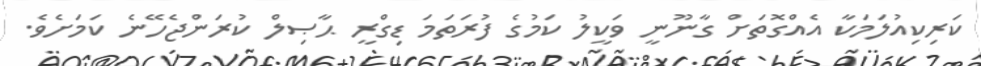
ކަރިކިއުލަމަކާ އެއްގޮތަށް ގާނޫނީ ވަކީލު ކަމުގެ ފުރަތަމަ ޑިގްރީ ޙާޞިލް ކުރަންޖެހޭނެ ކަމަށެވެ.